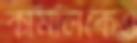
কামালকেও